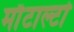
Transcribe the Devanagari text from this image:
माँटाल्टो